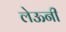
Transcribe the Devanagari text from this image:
लेऊनी